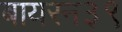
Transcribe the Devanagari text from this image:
बायरन३९